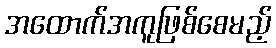
အထောက်အကူဖြစ်စေမည့်